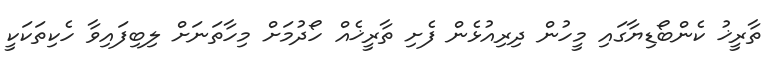
ތާރީޚު ކެންބޯޑިޔާގައި މީހުން ދިރިއުޅެން ފެށި ތާރީޚެއް ހޯދުމަށް މިހާތަނަށް ލިބިފައިވާ ހެކިތަކަކީ